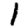
Digit: 1